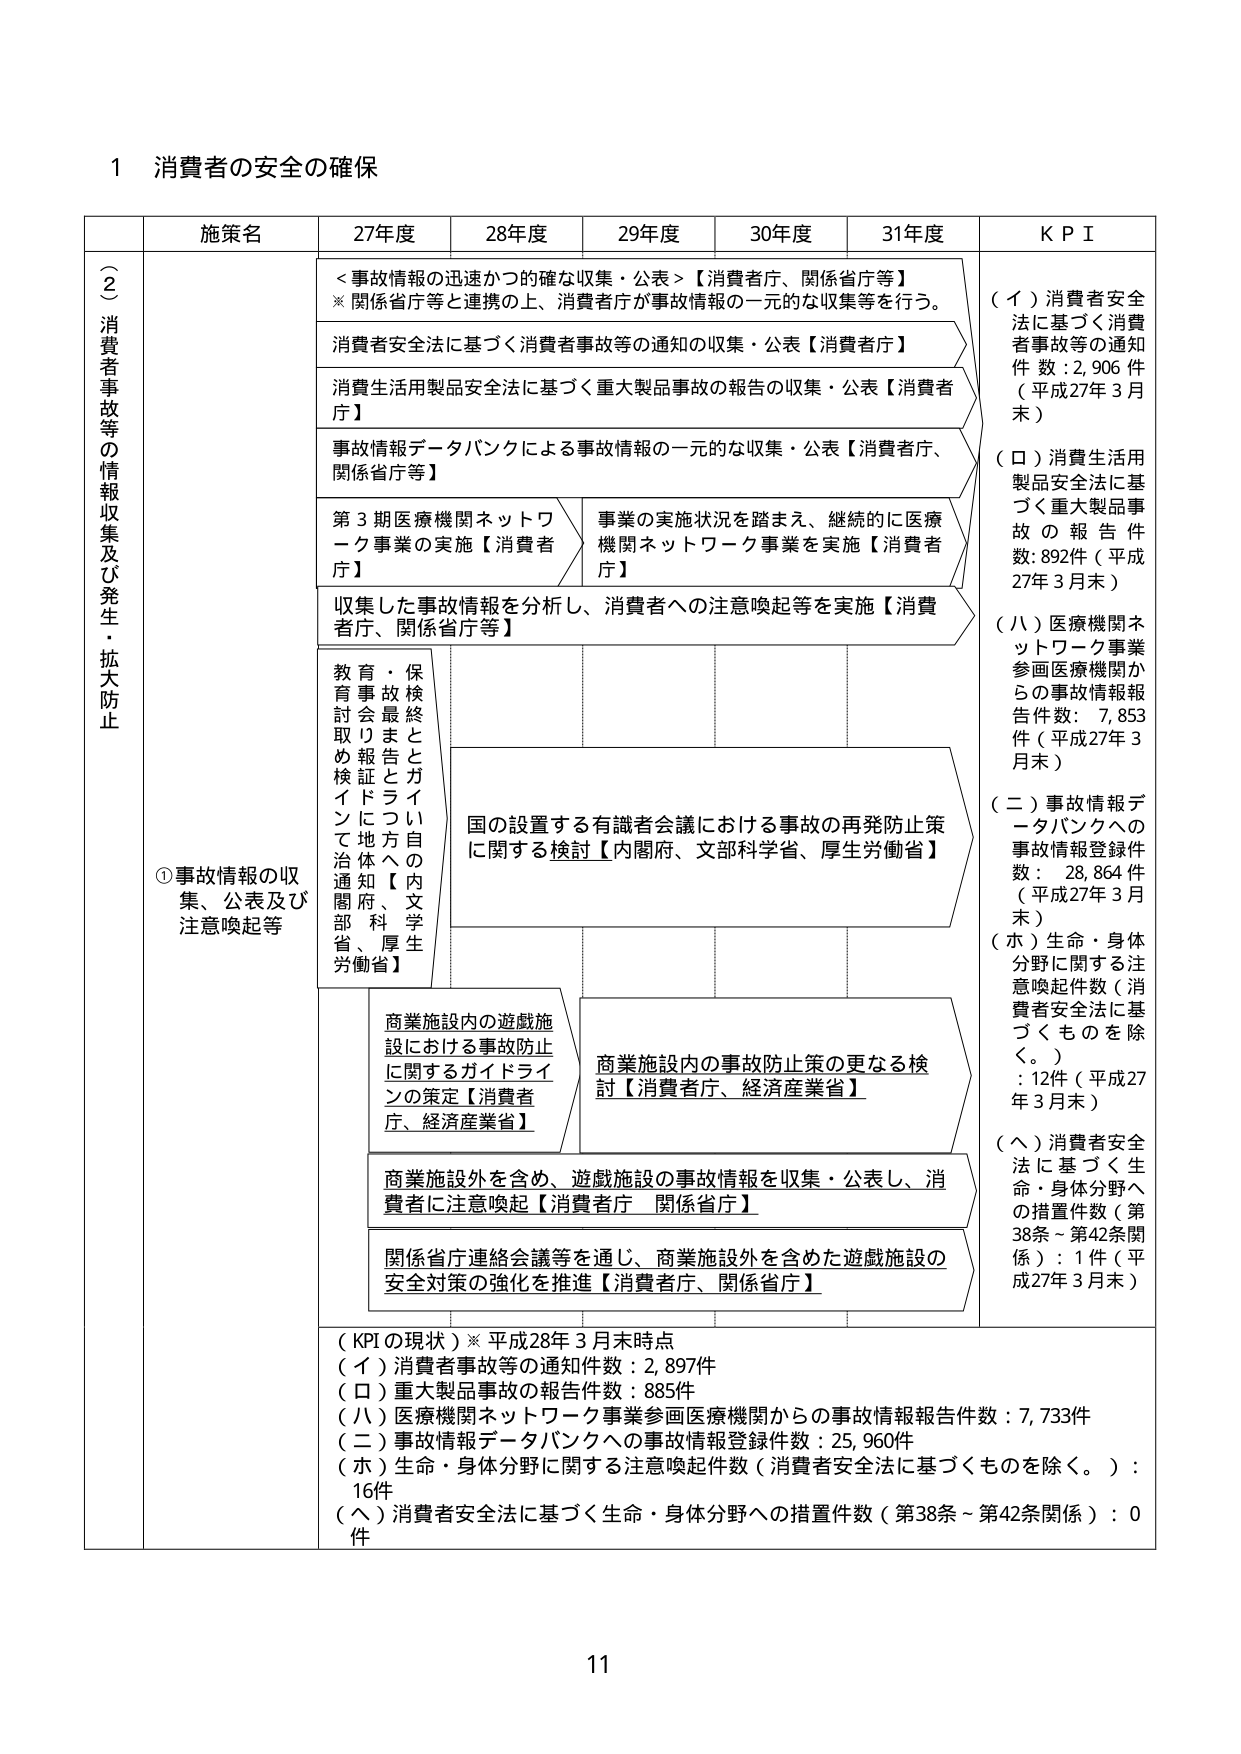
1 消費者の安全の確保

施策名 27年度 28年度 29年度 30年度 31年度 KPI

（２）消費者事故等の情報収集及び発生・拡大防止

①事故情報の収集、公表及び注意喚起等

＜事故情報の迅速かつ的確な収集・公表＞【消費者庁、関係省庁等】
※関係省庁等と連携の上、消費者庁が事故情報の一元的な収集等を行う。

消費者安全法に基づく消費者事故等の通知の収集・公表【消費者庁】

消費生活用製品安全法に基づく重大製品事故の報告の収集・公表【消費者庁】

事故情報データバンクによる事故情報の一元的な収集・公表【消費者庁、関係省庁等】

第3期医療機関ネットワーク事業の実施【消費者庁】

事業の実施状況を踏まえ、継続的に医療機関ネットワーク事業を実施【消費者庁】

収集した事故情報を分析し、消費者への注意喚起等を実施【消費者庁、関係省庁等】

教育・保育事故検討会最終取りまとめ検証ドライブに地方へ通知【内閣府、文部科学省、厚生労働省】

国の設置する有識者会議における事故の再発防止策に関する検討【内閣府、文部科学省、厚生労働省】

商業施設内の遊戯施設における事故防止に関するガイドラインの策定【消費者庁、経済産業省】

商業施設内の事故防止策の更なる検討【消費者庁、経済産業省】

商業施設外を含め、遊戯施設の事故情報を収集・公表し、消費者に注意喚起【消費者庁 関係省庁】

関係省庁連絡会議等を通じ、商業施設外を含めた遊戯施設の安全対策の強化を推進【消費者庁、関係省庁】

（KPIの現状）※平成28年3月末時点
（イ）消費者事故等の通知件数：2,897件
（ロ）重大製品事故の報告件数：885件
（ハ）医療機関ネットワーク事業参画医療機関からの事故情報報告件数：7,733件
（二）事故情報データバンクへの事故情報登録件数：25,960件
（ホ）生命・身体分野に関する注意喚起件数（消費者安全法に基づくものを除く。）：16件
（ヘ）消費者安全法に基づく生命・身体分野への措置件数（第38条～第42条関係）：0件

（イ）消費者安全法に基づく消費者事故等の通知件数：2,906件（平成27年3月末）
（ロ）消費生活用製品安全法に基づく重大製品事故の報告件数：892件（平成27年3月末）
（ハ）医療機関ネットワーク事業参画医療機関からの事故情報報告件数：7,853件（平成27年3月末）
（二）事故情報データバンクへの事故情報登録件数：28,864件（平成27年3月末）
（ホ）生命・身体分野に関する注意喚起件数（消費者安全法に基づくものを除く。）：12件（平成27年3月末）
（ヘ）消費者安全法に基づく生命・身体分野への措置件数（第38条～第42条関係）：1件（平成27年3月末）

11